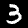
Label: 3